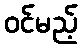
ဝင်မည့်